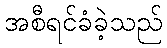
အစီရင်ခံခဲ့သည်